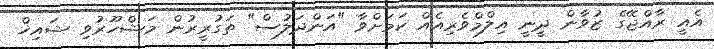
އެއީ ރާއްޖޭގެ ޒުވާން ދީނީ އިލްމްވެރިއެއް ކަމަށްވާ "އަންދަލުސް" ތަގުރީރުން މަޝްހޫރުވި ޝައިޚް